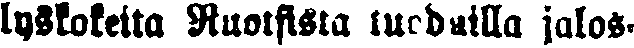
lyskokeita Ruotsista tuoduilla jalos-